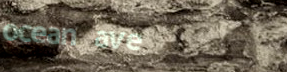
ocean ave